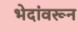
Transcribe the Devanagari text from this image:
भेदांवरून